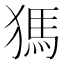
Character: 獁